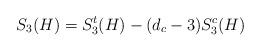
LaTeX: \begin{align*} S_3(H) = S^t_3(H) - (d_c - 3)S^c_3(H) \end{align*}